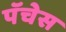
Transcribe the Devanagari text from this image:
पॅचेस